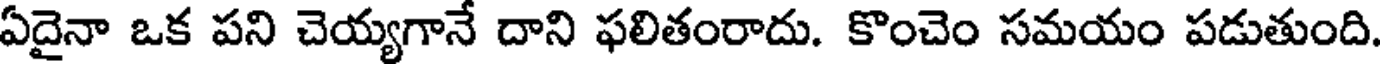
ఏదైనా ఒక పని చెయ్యగానే దాని ఫలితంరాదు. కొంచెం సమయం పడుతుంది